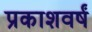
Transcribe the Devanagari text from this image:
प्रकाशवर्षं